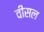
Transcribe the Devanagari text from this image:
वीसल